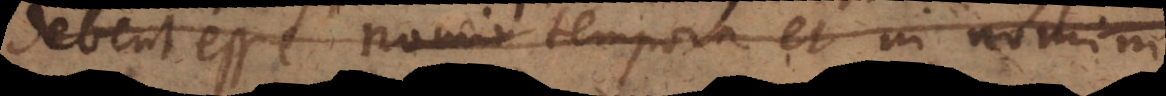
Debent esse nomin tempora et in nomini